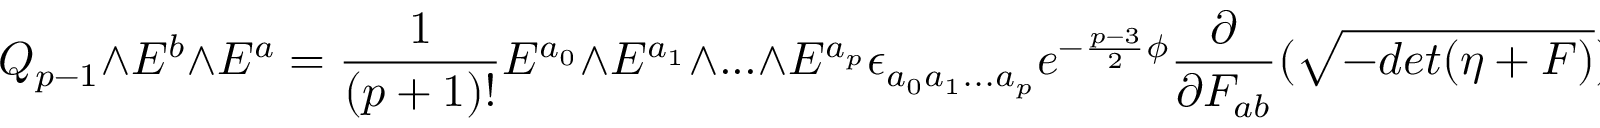
Q _ { p - 1 } \wedge E ^ { b } \wedge E ^ { a } = { \frac { 1 } { ( p + 1 ) ! } } E ^ { a _ { 0 } } \wedge E ^ { a _ { 1 } } \wedge . . . \wedge E ^ { a _ { p } } \epsilon _ { a _ { 0 } a _ { 1 } . . . a _ { p } } e ^ { - { \frac { p - 3 } { 2 } } \phi } { \frac { \partial } { \partial F _ { a b } } } ( \sqrt { - d e t ( \eta + F ) } )